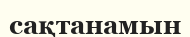
сақтанамын